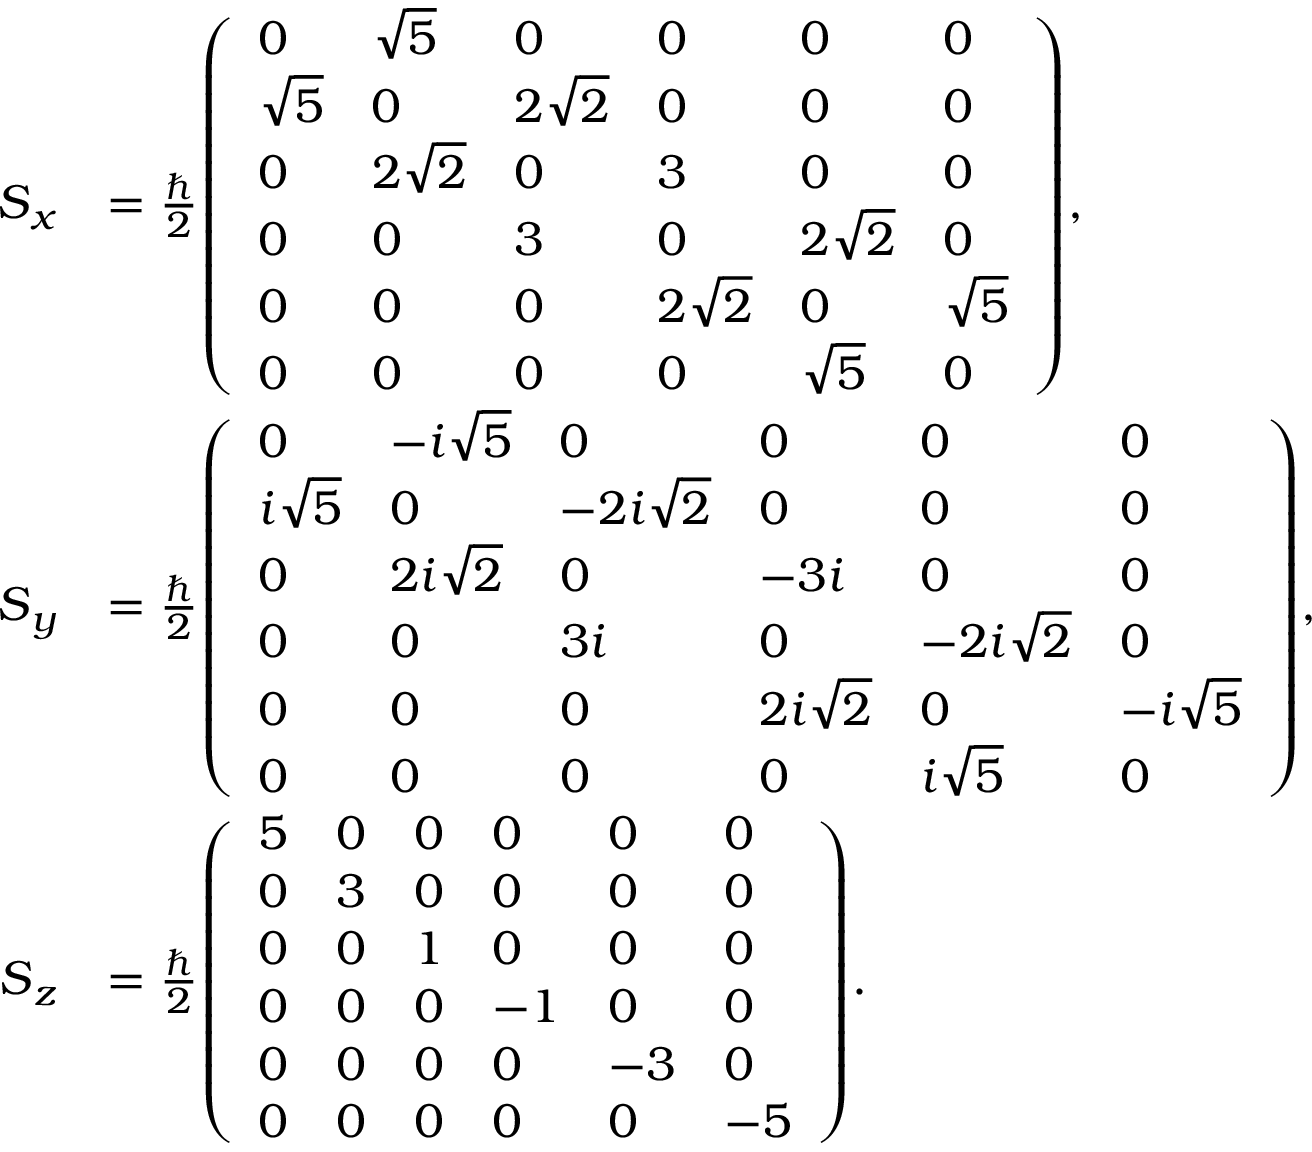
{ \begin{array} { r l } { { \boldsymbol { S } } _ { x } } & { = { \frac { \hbar } { 2 } } { \left( \begin{array} { l l l l l l } { 0 } & { { \sqrt { 5 } } } & { 0 } & { 0 } & { 0 } & { 0 } \\ { { \sqrt { 5 } } } & { 0 } & { 2 { \sqrt { 2 } } } & { 0 } & { 0 } & { 0 } \\ { 0 } & { 2 { \sqrt { 2 } } } & { 0 } & { 3 } & { 0 } & { 0 } \\ { 0 } & { 0 } & { 3 } & { 0 } & { 2 { \sqrt { 2 } } } & { 0 } \\ { 0 } & { 0 } & { 0 } & { 2 { \sqrt { 2 } } } & { 0 } & { { \sqrt { 5 } } } \\ { 0 } & { 0 } & { 0 } & { 0 } & { { \sqrt { 5 } } } & { 0 } \end{array} \right) } , } \\ { { \boldsymbol { S } } _ { y } } & { = { \frac { \hbar } { 2 } } { \left( \begin{array} { l l l l l l } { 0 } & { - i { \sqrt { 5 } } } & { 0 } & { 0 } & { 0 } & { 0 } \\ { i { \sqrt { 5 } } } & { 0 } & { - 2 i { \sqrt { 2 } } } & { 0 } & { 0 } & { 0 } \\ { 0 } & { 2 i { \sqrt { 2 } } } & { 0 } & { - 3 i } & { 0 } & { 0 } \\ { 0 } & { 0 } & { 3 i } & { 0 } & { - 2 i { \sqrt { 2 } } } & { 0 } \\ { 0 } & { 0 } & { 0 } & { 2 i { \sqrt { 2 } } } & { 0 } & { - i { \sqrt { 5 } } } \\ { 0 } & { 0 } & { 0 } & { 0 } & { i { \sqrt { 5 } } } & { 0 } \end{array} \right) } , } \\ { { \boldsymbol { S } } _ { z } } & { = { \frac { \hbar } { 2 } } { \left( \begin{array} { l l l l l l } { 5 } & { 0 } & { 0 } & { 0 } & { 0 } & { 0 } \\ { 0 } & { 3 } & { 0 } & { 0 } & { 0 } & { 0 } \\ { 0 } & { 0 } & { 1 } & { 0 } & { 0 } & { 0 } \\ { 0 } & { 0 } & { 0 } & { - 1 } & { 0 } & { 0 } \\ { 0 } & { 0 } & { 0 } & { 0 } & { - 3 } & { 0 } \\ { 0 } & { 0 } & { 0 } & { 0 } & { 0 } & { - 5 } \end{array} \right) } . } \end{array} }